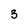
Character: 3